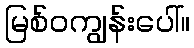
မြစ်ဝကျွန်းပေါ်။